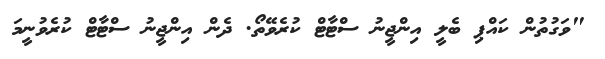
"ވަގުތުން ކައްޕި ބެލީ އިންޖީނު ސްޓާޓް ކުރެވޭތޯ. ދެން އިންޖީނު ސްޓާޓް ކުރެވުނީމަ